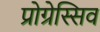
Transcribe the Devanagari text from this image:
प्रोग्रेस्सिव